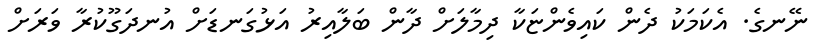
ނޭނގެ. އެކަމަކު ދެން ކައިވެންޏަކާ ދިމާލަށް ދާން ބަލާއިރު އަޅުގަނޑަށް އުނދަގޫކުރާ ވަރަށް